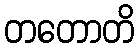
တတောတိ